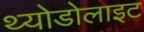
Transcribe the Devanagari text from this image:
थ्योडोलाइट